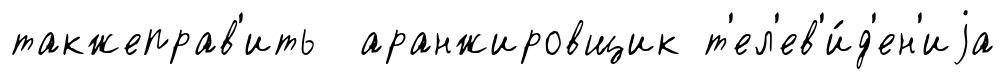
такжеправ'ить аранжировщик т'ел'ев'и́д'ен'иjа